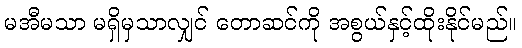
မအီမသာ မရှိမှသာလျှင် တောဆင်ကို အစွယ်နှင့်ထိုးနိုင်မည်။